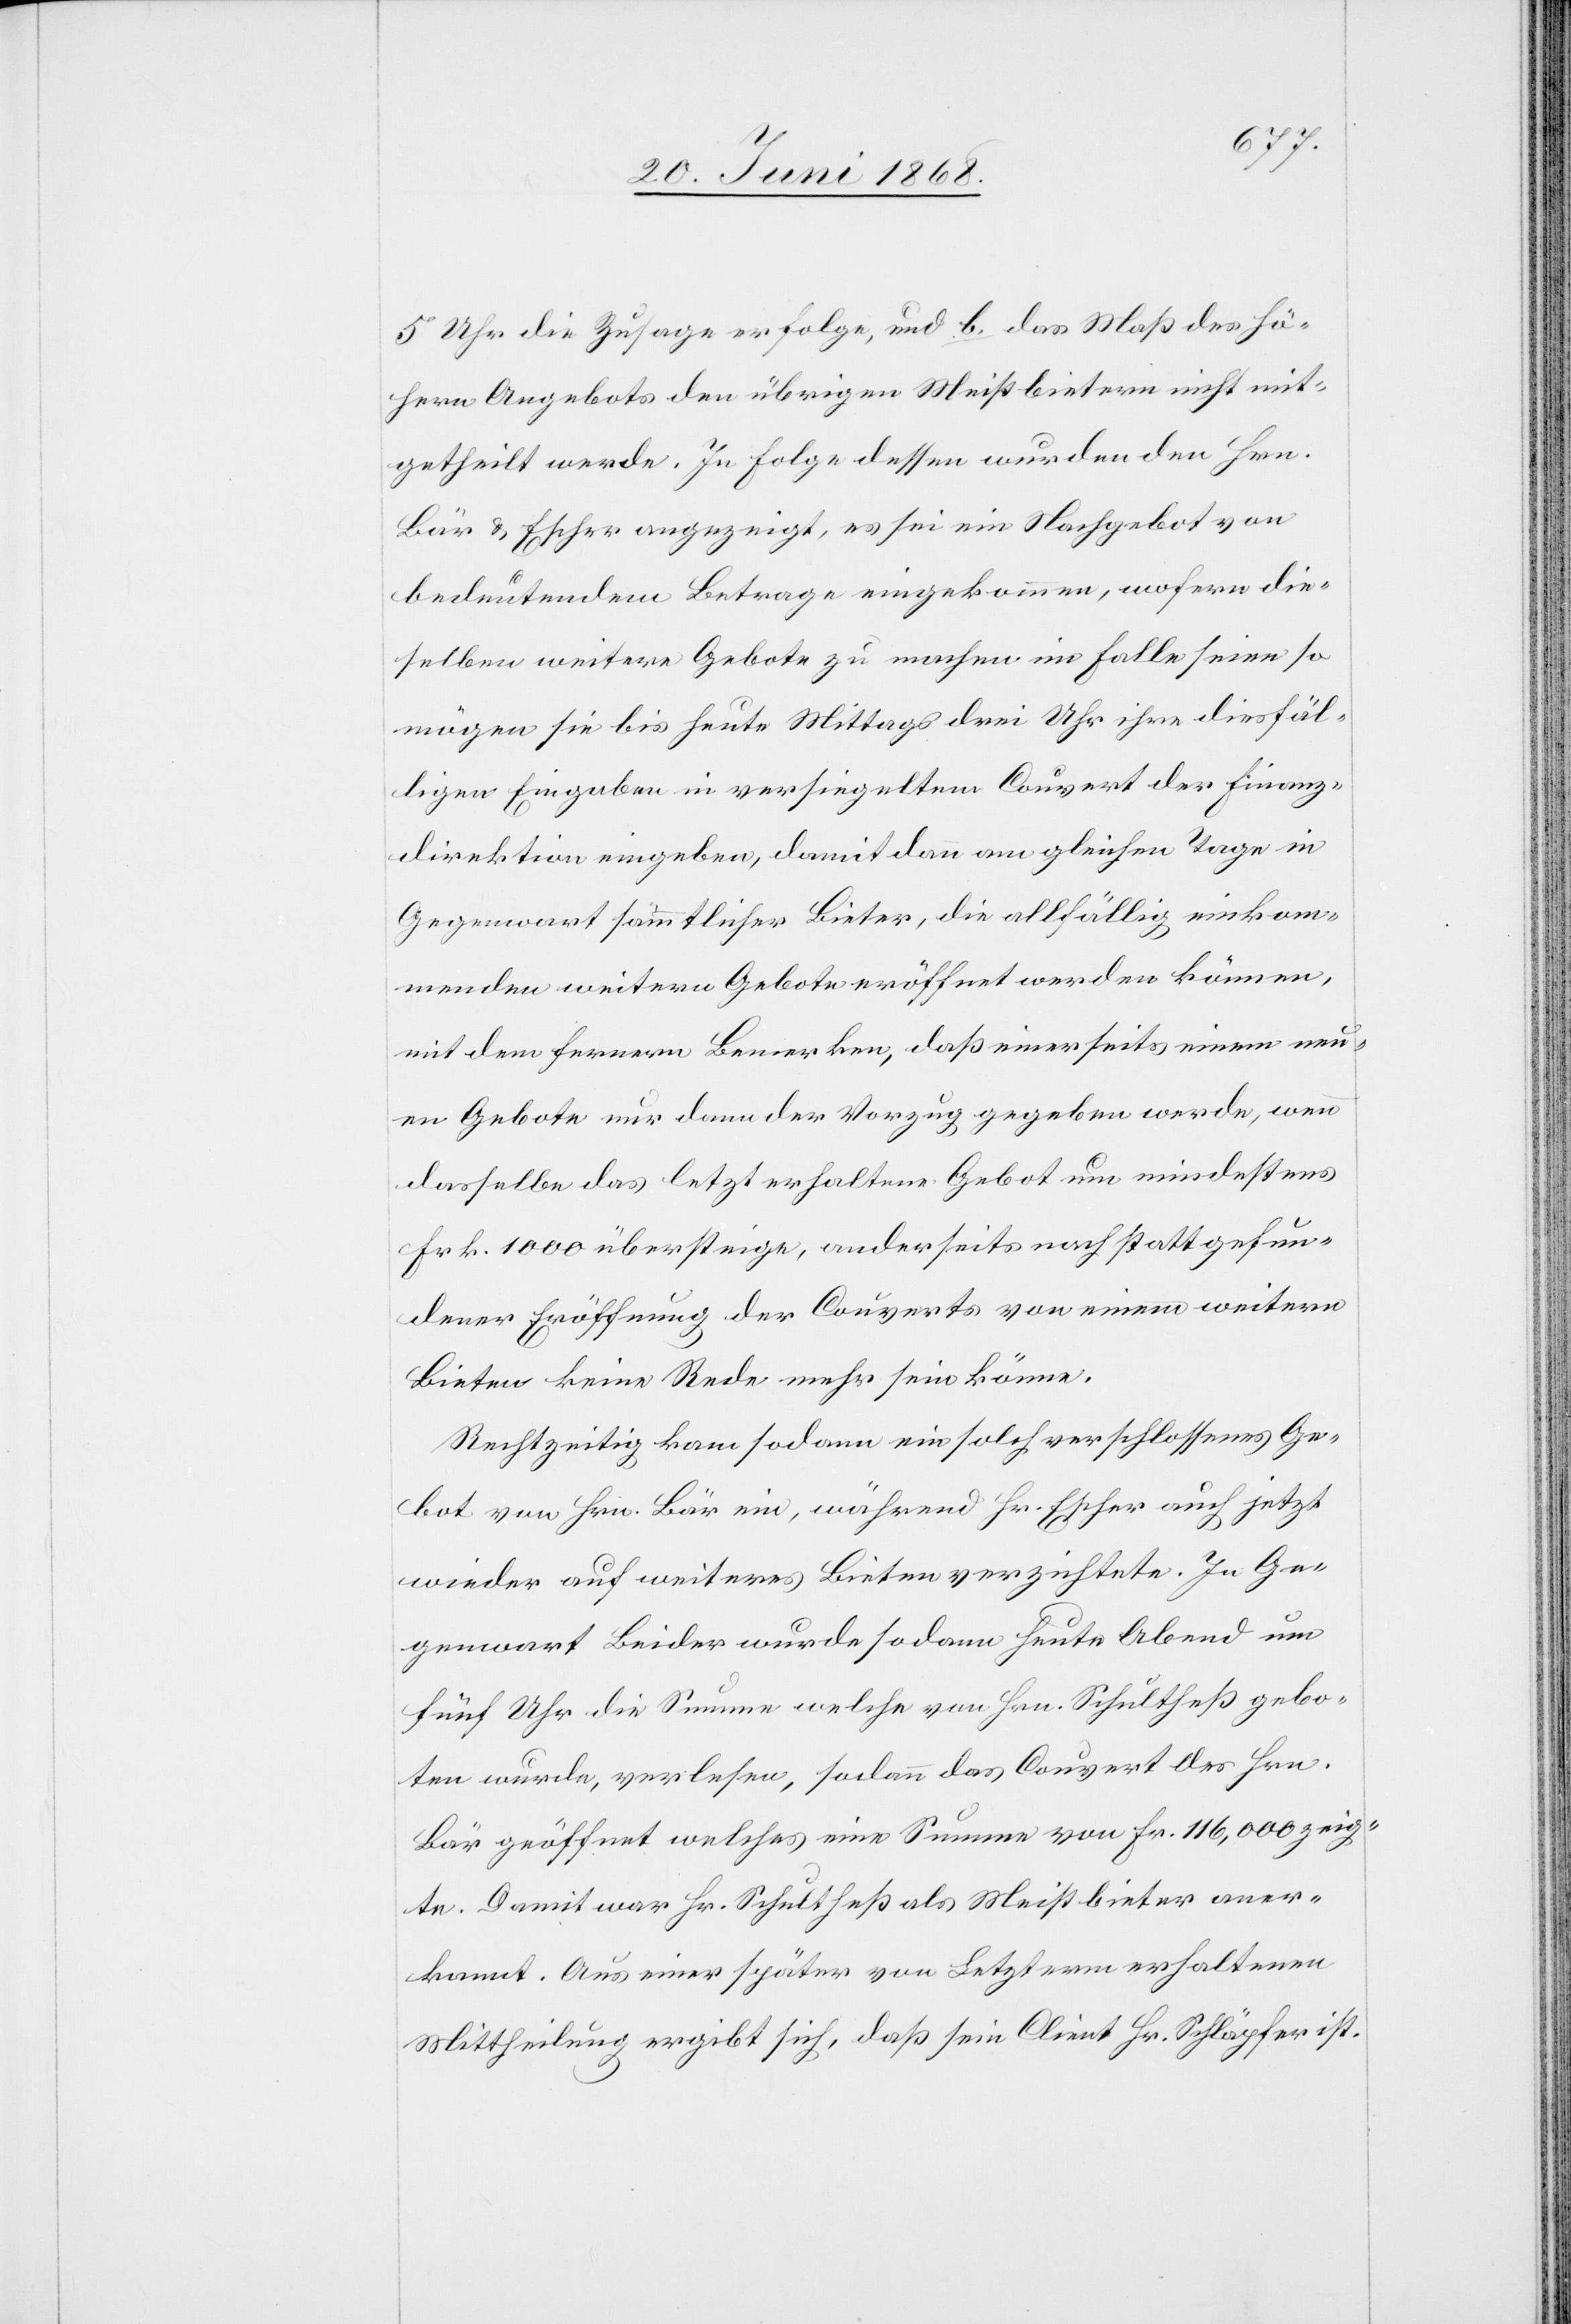
5 Uhr die Zusage erfolge, und b. das Maß des hö¬
hern Angebots den übrigen Meistbietern nicht mit¬
getheilt werde. In Folge dessen wurden den Hrn.
Bär & Escher angezeigt, es sei ein Nachgebot von
bedeutendem Betrage eingekommen, wofern die¬
selben weitere Gebote zu machen im Falle seien so
mögen sie bis heute Mittags drei Uhr ihre diesfäl¬
ligen Eingaben in versiegeltem Couvert der Finanz¬
direktion eingeben, damit dann am gleichen Tage in
Gegenwart sämmtlicher Bieter, die allfällig einkom¬
menden weitern Gebote eröffnet werden können,
mit dem fernern Bemerken, daß einerseits einem neu¬
en Gebote nur dann der Vorzug gegeben werde, wenn
dasselbe das letzt erhaltene Gebot um mindestens
Frk. 1000 übersteige, anderseits nach statt gefun¬
dener Eröffnung der Couverts von einem weitern
Bieten keine Rede mehr sein könne.
Rechtzeitig kam sodann ein solch verschlossenes Ge¬
bot von Hrn. Bär ein, während Hr. Escher auch jetzt
wieder auf weiteres Bieten verzichtete. In Ge¬
genwart Beider wurde sodann heute Abend um
fünf Uhr die Summe welche von Hrn. Schultheß gebo¬
ten wurde, verlesen, sodann das Couvert des Hrn.
Bär geöffnet welches eine Summe von Fr. 116,000 zeig¬
te. Damit war Hr. Schultheß als Meistbieter aner¬
kannt. Aus einer später von Letzterm erhaltenen
Mittheilung ergibt sich, daß sein Client Hr. Schläpfer ist.